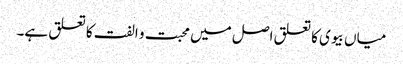
میاں بیوی کا تعلق اصل میں محبت و الفت کا تعلق ہے۔